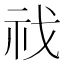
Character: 䄀